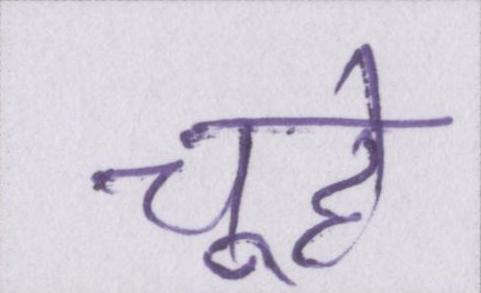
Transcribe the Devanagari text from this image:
चूहे